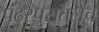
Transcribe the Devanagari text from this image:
पंढरपुरातलेच